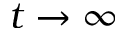
t \to \infty